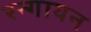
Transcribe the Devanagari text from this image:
रन्गायन